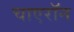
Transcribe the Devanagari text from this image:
चाएरॉन